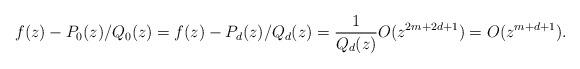
LaTeX: \begin{align*}f(z)-P_0(z)/Q_0(z)=f(z)-P_d(z)/Q_d(z)=\frac{1}{Q_d(z)}O(z^{2m+2d+1})=O(z^{m+d+1}).\end{align*}